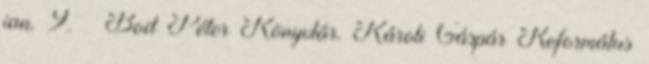
jan. 9. ↑ Bod Péter Könyvtár. Károli Gáspár Református